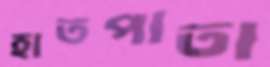
হাতপাতা